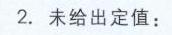
2. 未给出定值：